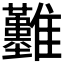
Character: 𩁬